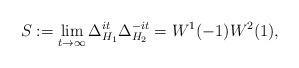
LaTeX: \begin{align*} S := \lim_{t \to \infty} \Delta_{H_1}^{it} \Delta_{H_2}^{-it} = W^1(-1) W^2(1), \end{align*}